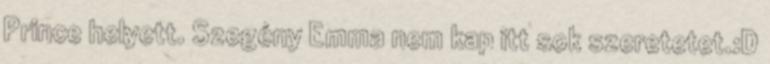
Prince helyett. Szegény Emma nem kap itt sok szeretetet.:D